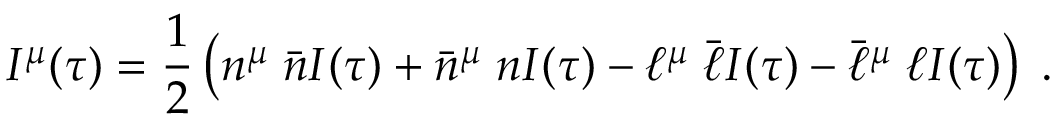
I ^ { \mu } ( \tau ) = \frac { 1 } { 2 } \left( n ^ { \mu } \; \bar { n } I ( \tau ) + \bar { n } ^ { \mu } \; n I ( \tau ) - \ell ^ { \mu } \; \bar { \ell } I ( \tau ) - \bar { \ell } ^ { \mu } \; \ell I ( \tau ) \right) \; .